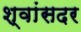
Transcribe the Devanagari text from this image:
श्वांसदर